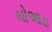
બોઆડા